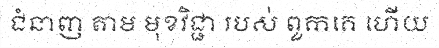
ជំនាញ តាម មុខវិជ្ជា របស់ ពួកគេ ហើយ